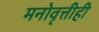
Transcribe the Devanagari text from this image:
मनोवृत्तीही